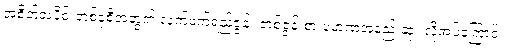
အစိတ်အပိုင်းတစ်ခုစီအတွက် လက်ဖက်ရည်ဇွန်း တစ်ဇွန်းစာ ပမာဏအနည်းဆုံး လိုအပ်ကြောင်း